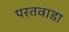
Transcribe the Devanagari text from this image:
परतवाडा